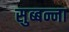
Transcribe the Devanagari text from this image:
सुब्बन्ना